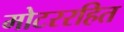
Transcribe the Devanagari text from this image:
मोटररहित